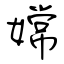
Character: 嫦